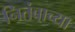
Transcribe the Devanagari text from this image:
नितंबाच्या